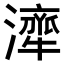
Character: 𤁜